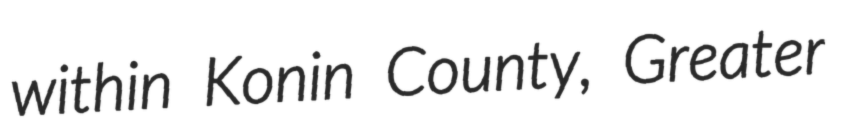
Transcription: within Konin County, Greater